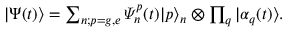
\begin{array} { r } { | \Psi ( t ) \rangle = \sum _ { n ; p = g , e } \varPsi _ { n } ^ { p } ( t ) | p \rangle _ { n } \otimes \prod _ { q } | \alpha _ { q } ( t ) \rangle . } \end{array}